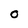
Character: O